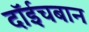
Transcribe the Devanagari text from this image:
दॉईचबान